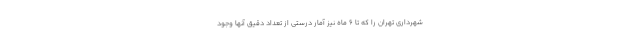
شهرداری تهران را که تا ۶ ماه نیز آمار درستی از تعداد دقیق آنها وجود